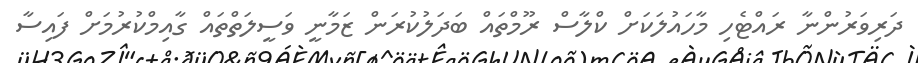
ދަރިވަރުންނާ ރައްޓެހި މާހައުލަކަށް ކްލާސް ރޫމްތައް ބަދަލުކުރަން ޒަމާނީ ވަސީލަތްތައް ގާއިމްކުރުމަށް ފައިސާ